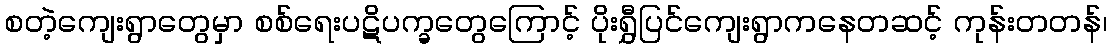
စတဲ့ကျေးရွာတွေမှာ စစ်ရေးပဋိပက္ခတွေကြောင့် ပိုးရွှီပြင်ကျေးရွာကနေတဆင့် ကုန်းတတန်၊